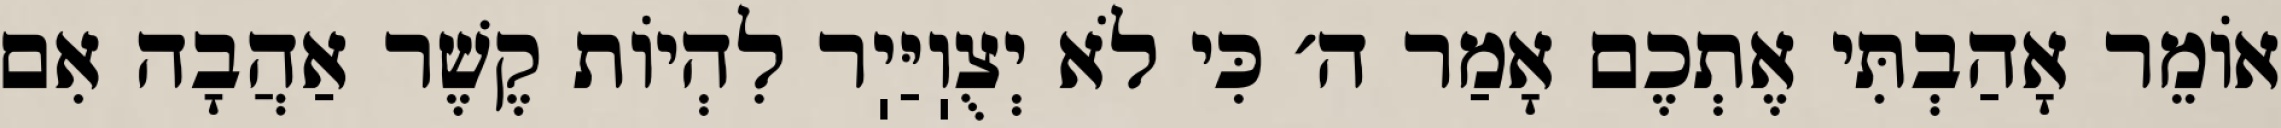
אוֹמֵר אָהַבְתִּי אֶתְכֶם אָמַר ה׳ כִּי לֹא יְצֻוֽיַּיֽר לִהְיוֹת קֶשֶׁר אַהֲבָה אִם